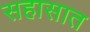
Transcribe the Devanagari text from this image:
सहासात